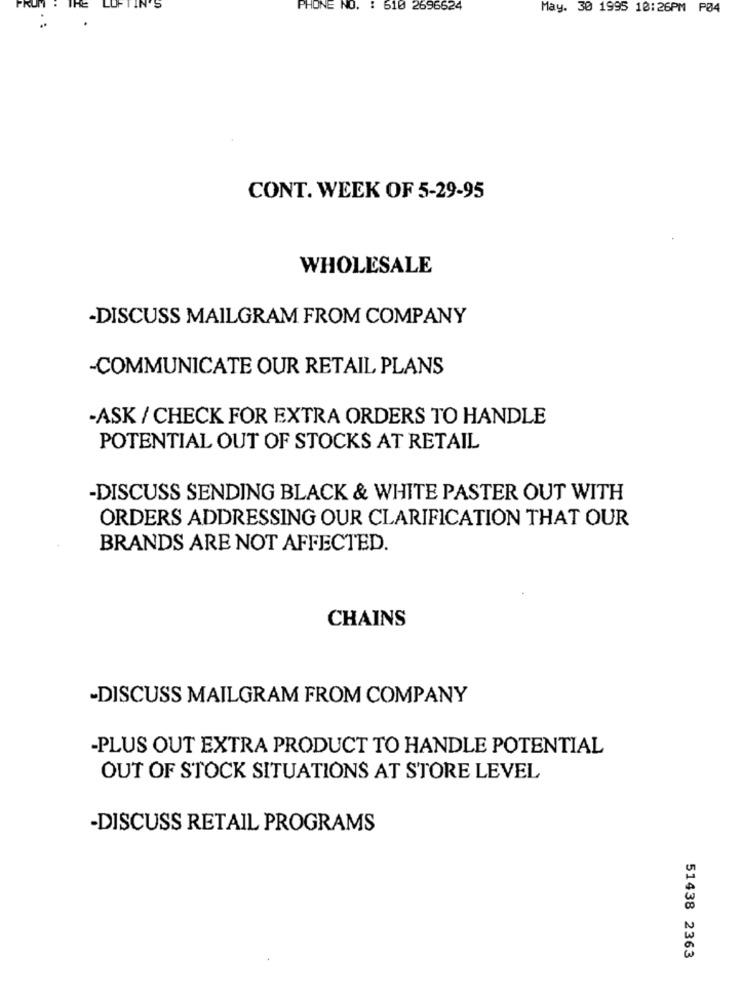
N'S
PHONE NO. :
610 2696624
May. 30 1995 12:26PM P04
CONT. WEEK OF 5-29-95
WHOLESALE
-DISCUSS MAILGRAM FROM COMPANY
-COMMUNICATE OUR RETAIL PLANS
-ASK / CHECK FOR EXTRA ORDERS TO HANDLE
POTENTIAL OUT OF STOCKS AT RETAIL
-DISCUSS SENDING BLACK & WHITE PASTER OUT WITH
ORDERS ADDRESSING OUR CLARIFICATION THAT OUR
BRANDS ARE NOT AFFECTED.
CHAINS
-DISCUSS MAILGRAM FROM COMPANY
-PLUS OUT EXTRA PRODUCT TO HANDLE POTENTIAL
OUT OF STOCK SITUATIONS AT STORE LEVEL
-DISCUSS RETAIL PROGRAMS
51438 2363